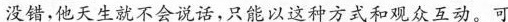
没错，他天生就不会说话，只能以这种方式和观众互动。可